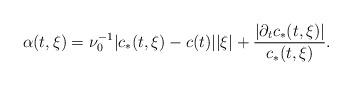
LaTeX: \begin{align*}\alpha(t,\xi)=\nu^{-1}_0 |c_*(t,\xi)-c(t)||\xi|+\frac{|\partial_{t} c_*(t,\xi)|}{c_*(t,\xi)}.\end{align*}